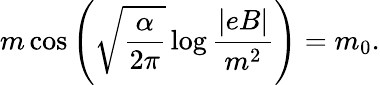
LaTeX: m\cos\left(\sqrt{\frac{\alpha}{2\pi}}\log\frac{|eB|}{m^{2}}\right)=m_{0}.